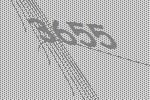
3655